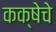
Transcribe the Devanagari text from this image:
कक्षेचे